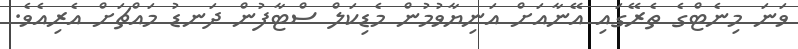
ވަނަ މިނެޓްގެ ތެރޭގައި އޭނާއަށް އަނިޔާވުމުން މެޑިކަލް ސްޓާފުން ދަނޑު މައްޗަށް އެރިއެވެ.